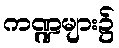
ကဏ္ဍများ၌